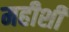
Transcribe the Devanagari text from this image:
महीशी